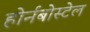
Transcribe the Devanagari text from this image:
होर्नबोस्टेल